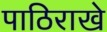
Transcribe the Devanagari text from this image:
पाठिराखे